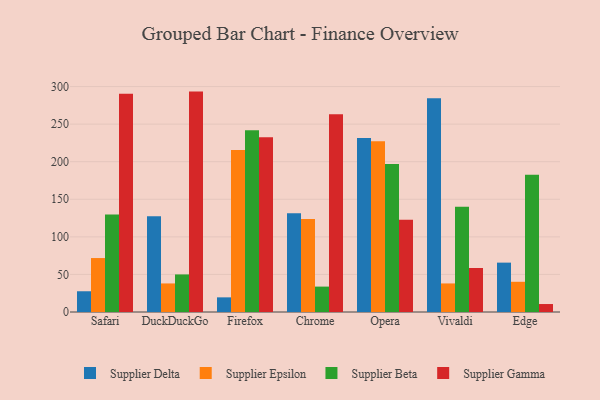
{"axis": {"x": "Browser", "y": "LTV (USD)"}, "legend": ["Supplier Beta", "Supplier Delta", "Supplier Epsilon", "Supplier Gamma"], "data": [{"x": "Safari", "y": 27.6, "type": "Supplier Delta"}, {"x": "Safari", "y": 71.8, "type": "Supplier Epsilon"}, {"x": "Safari", "y": 129.7, "type": "Supplier Beta"}, {"x": "Safari", "y": 290.4, "type": "Supplier Gamma"}, {"x": "DuckDuckGo", "y": 127.4, "type": "Supplier Delta"}, {"x": "DuckDuckGo", "y": 38.0, "type": "Supplier Epsilon"}, {"x": "DuckDuckGo", "y": 50.0, "type": "Supplier Beta"}, {"x": "DuckDuckGo", "y": 293.3, "type": "Supplier Gamma"}, {"x": "Firefox", "y": 19.5, "type": "Supplier Delta"}, {"x": "Firefox", "y": 215.7, "type": "Supplier Epsilon"}, {"x": "Firefox", "y": 241.9, "type": "Supplier Beta"}, {"x": "Firefox", "y": 232.7, "type": "Supplier Gamma"}, {"x": "Chrome", "y": 131.4, "type": "Supplier Delta"}, {"x": "Chrome", "y": 123.8, "type": "Supplier Epsilon"}, {"x": "Chrome", "y": 33.8, "type": "Supplier Beta"}, {"x": "Chrome", "y": 263.0, "type": "Supplier Gamma"}, {"x": "Opera", "y": 231.5, "type": "Supplier Delta"}, {"x": "Opera", "y": 227.2, "type": "Supplier Epsilon"}, {"x": "Opera", "y": 197.1, "type": "Supplier Beta"}, {"x": "Opera", "y": 122.6, "type": "Supplier Gamma"}, {"x": "Vivaldi", "y": 284.3, "type": "Supplier Delta"}, {"x": "Vivaldi", "y": 38.0, "type": "Supplier Epsilon"}, {"x": "Vivaldi", "y": 140.0, "type": "Supplier Beta"}, {"x": "Vivaldi", "y": 58.6, "type": "Supplier Gamma"}, {"x": "Edge", "y": 65.7, "type": "Supplier Delta"}, {"x": "Edge", "y": 40.2, "type": "Supplier Epsilon"}, {"x": "Edge", "y": 182.5, "type": "Supplier Beta"}, {"x": "Edge", "y": 10.6, "type": "Supplier Gamma"}]}